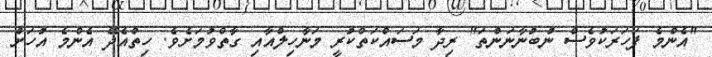
"އެންމެ ފަހަރަކުވެސް ނުބުނާނަންތަ" ރިދާ މަސައްކަތްކުރީ މަނާހިލްއާއި ގާތްވުމަށެވެ. ހިތްއެދޭ އެންމެ އުހަށް